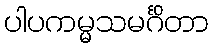
ပါပကမ္မသမင်္ဂိတာ